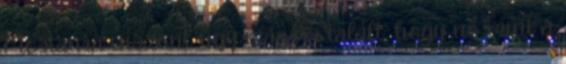
Mostanra viszont úgy magára talált, hogy nő mint a